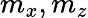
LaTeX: m_{x},m_{z}